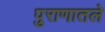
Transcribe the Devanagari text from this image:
पुराणातले